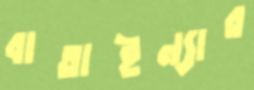
বাতাইন্যার